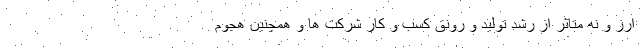
ارز و نه متاثر از رشد تولید و رونق کسب و کار شرکت ها و همچنین هجوم